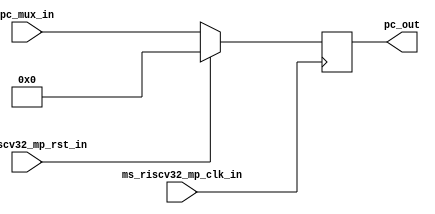
//register block 1//
module msrv32_reg_block_1 (pc_mux_in,ms_riscv32_mp_clk_in,ms_riscv32_mp_rst_in,pc_out);
input [31:0]pc_mux_in;
input ms_riscv32_mp_clk_in,ms_riscv32_mp_rst_in;
output reg [31:0] pc_out;

always @(posedge ms_riscv32_mp_clk_in)   //synchronous
begin 
   if (ms_riscv32_mp_rst_in)
       pc_out <= 32'b0;
   else
       pc_out <= pc_mux_in;
end

endmodule